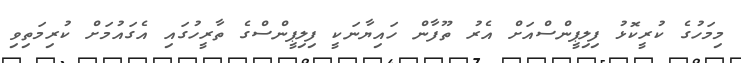
މިމަހުގެ ކުރީކޮޅު ފިލިޕީންސްއަށް އެރު ތޫފާން ހައިޔާނަކީ ފިލިޕީންސްގެ ތާރީހުގައި އެގައުމަށް ކުރިމަތިވި